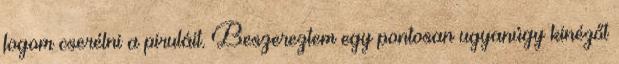
fogom cserélni a piruláit. Beszereztem egy pontosan ugyanúgy kinézőt